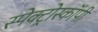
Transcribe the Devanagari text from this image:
स्पेक्ट्रोस्कॉपी